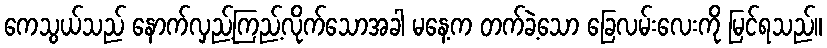
ကေသွယ်သည် နောက်လှည့်ကြည့်လိုက်သောအခါ မနေ့က တက်ခဲ့သော ခြေလမ်းလေးကို မြင်ရသည်။